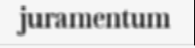
juramentum